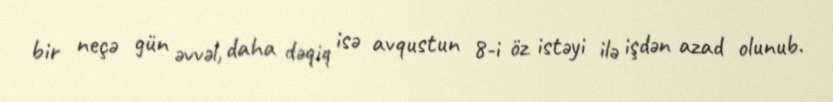
bir neçə gün əvvəl, daha dəqiq isə avqustun 8-i öz istəyi ilə işdən azad olunub.